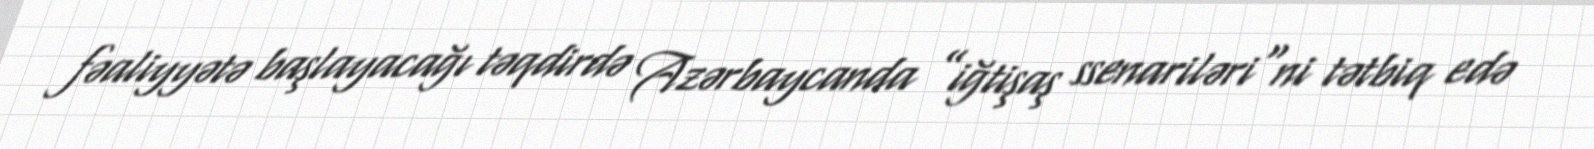
fəaliyyətə başlayacağı təqdirdə Azərbaycanda ”iğtişaş ssenariləri"ni tətbiq edə